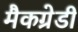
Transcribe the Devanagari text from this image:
मैकग्रेडी